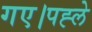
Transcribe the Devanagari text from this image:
गए।पह्ले